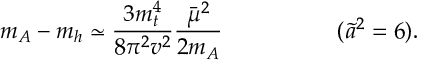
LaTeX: m _ { A } - m _ { h } \simeq \frac { 3 m _ { t } ^ { 4 } } { 8 \pi ^ { 2 } v ^ { 2 } } \frac { \bar { \mu } ^ { 2 } } { 2 m _ { A } } \; \; \; \; \; \; \; \; \; \; \; \; \; \; \; \; \; \; ( \tilde { a } ^ { 2 } = 6 ) .